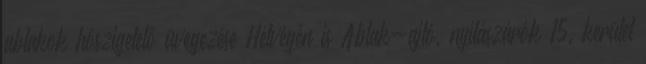
ablakok hőszigetelő üvegezése Hétvégén is Ablak-ajtó, nyílászárók 15. kerület